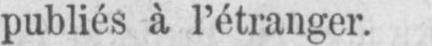
publiés à l’étranger.